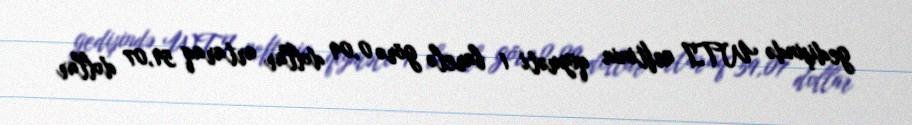
gedişində WTI neftinin qiyməti 1 barelə görə 0,09 dollar artaraq 59,07 dollar